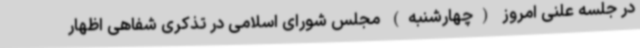
در جلسه علنی امروز (چهارشنبه) مجلس شورای اسلامی در تذکری شفاهی اظهار